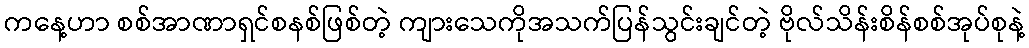
ကနေ့ဟာ စစ်အာဏာရှင်စနစ်ဖြစ်တဲ့ ကျားသေကိုအသက်ပြန်သွင်းချင်တဲ့ ဗိုလ်သိန်းစိန်စစ်အုပ်စုနဲ့